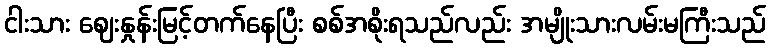
ငါးသား ဈေးနှုန်းမြင့်တက်နေပြီး စစ်အစိုးရသည်လည်း အမျိုးသားလမ်းမကြီးသည်